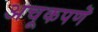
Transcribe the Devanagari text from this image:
अचूकपणॆ